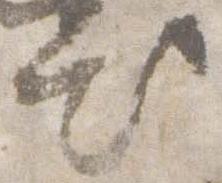
出